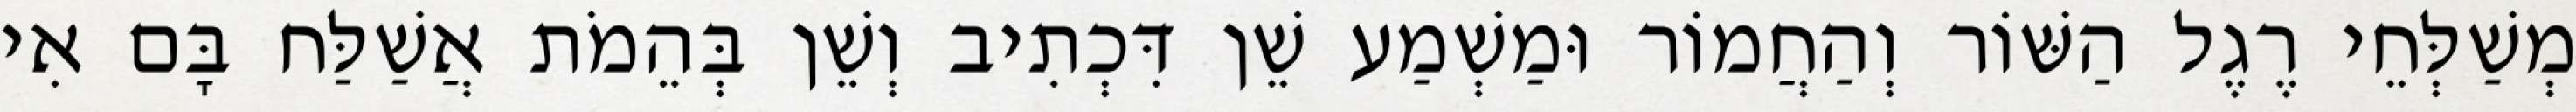
מְשַׁלְּחֵי רֶגֶל הַשּׁוֹר וְהַחֲמוֹר וּמַשְׁמַע שֵׁן דִּכְתִיב וְשֵׁן בְּהֵמֹת אֲשַׁלַּח בָּם אִי